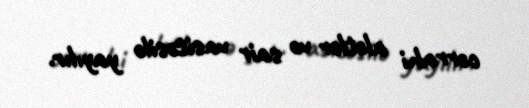
cərrahi alətlər və sair vasitəsilə yayılır.